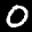
Label: 0